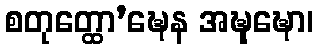
စတုတ္ထော’ဍ္ဎေန အဍ္ဎုဍ္ဎော၊